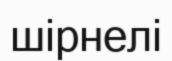
шірнелі